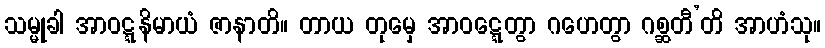
သမ္မုခါ အာဝဋ္ဋနိမာယံ ဇာနာတိ။ တာယ တုမှေ အာဝဋ္ဋေတွာ ဂဟေတွာ ဂစ္ဆတီ’တိ အာဟံသု။